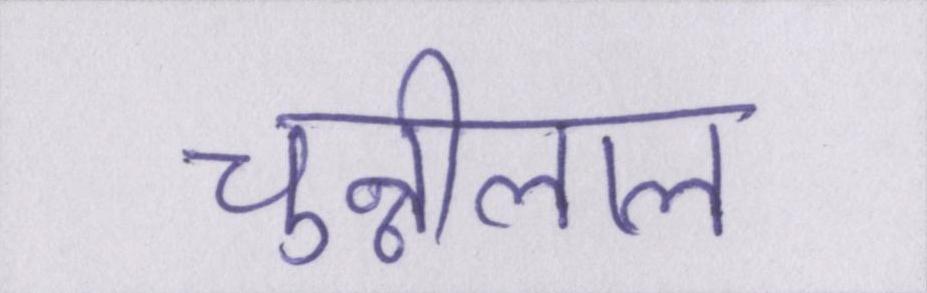
चुन्नीलाल